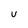
Character: U